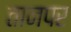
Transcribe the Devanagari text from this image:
तानपर